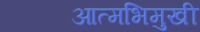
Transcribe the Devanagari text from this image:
आत्मभिमुखी